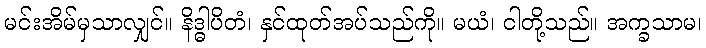
မင်းအိမ်မှသာလျှင်။ နိဒ္ဓါပိတံ၊ နှင်ထုတ်အပ်သည်ကို။ မယံ၊ ငါတို့သည်။ အက္ခသာမ၊